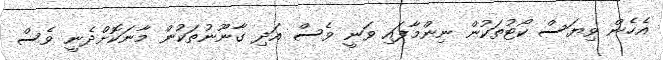
އެހެން ވިޔަސް ކޯޓުތަކުން ނިންމާފައި ވަނީ ވެސް އަދި ގާނޫނުތަކުން މާނަކޮށްދެނީ ވެސް